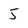
Character: 5